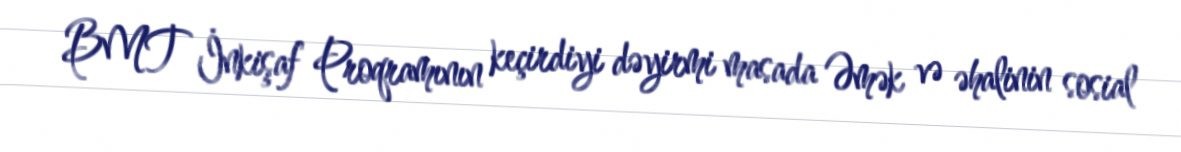
BMT İnkişaf Proqramının keçirdiyi dəyirmi masada Əmək və əhalinin sosial